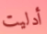
أدليت